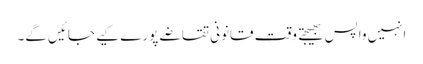
انہیں واپس بھیجتے وقت قانونی تقاضے پورے کیے جائیں گے۔